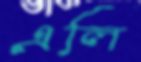
এলি